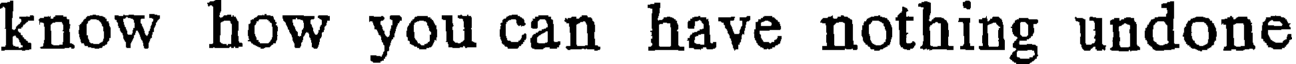
know how you can have nothing undone